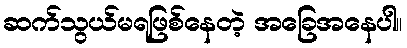
ဆက်သွယ်မရဖြစ်နေတဲ့ အခြေအနေပါ။